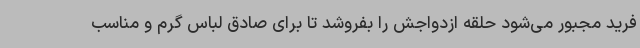
فرید مجبور می‌شود حلقه ازدواجش را بفروشد تا برای صادق لباس گرم و مناسب